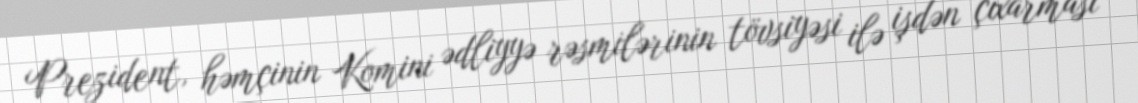
Prezident, həmçinin Komini ədliyyə rəsmilərinin tövsiyəsi ilə işdən çıxarması